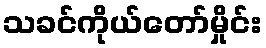
သခင်ကိုယ်တော်မှိုင်း